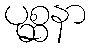
ပုစ္ဆနာ